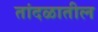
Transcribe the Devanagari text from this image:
तांदळातील